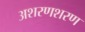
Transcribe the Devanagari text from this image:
अशरणशरण